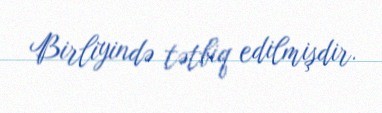
Birliyində tətbiq edilmişdir.